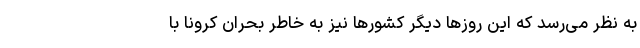
به نظر می‌رسد که این روزها دیگر کشورها نیز به خاطر بحران کرونا با